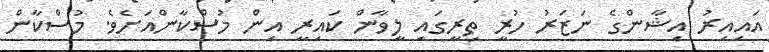
އައިއިރު އިޝާންގެ ނަޒަރު ހުރީ ތިރީގައި ލީވާން ކައިރީ އިން މުސްކާންއަށެވެ. މުސްކާން